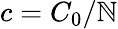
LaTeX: c=C_{0}/\mathbb{N}